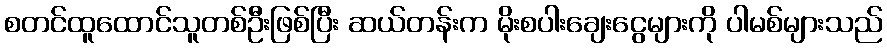
စတင်ထူထောင်သူတစ်ဦးဖြစ်ပြီး ဆယ်တန်းက မိုးစပါးချေးငွေများကို ပါမစ်များသည်